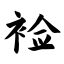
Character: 裣